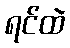
ရင်ထဲ